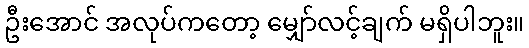
ဦးအောင် အလုပ်ကတော့ မျှော်လင့်ချက် မရှိပါဘူး။